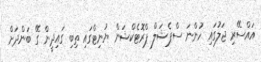
އައްސޭރި ޖަލުގައި ހުންނަ ސްޕެޝަލް ޕްރޮޓެކްޝަން ޔުނިޓްގައި ތިބި ގައިދީން ގޭ ބަންދަށް